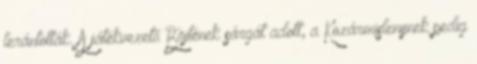
lerántották. A játékvezető Böjtének sárgát adott, a Kozármislenynek pedig